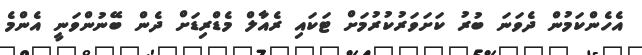
އެހެންކަމުން ދެވަނަ ބުރު ކަށަވަރުކުރުމަށް ޓަކައި ރެއާލް މެޑްރިޑަށް ދެން ބޭނުންވަނީ އެންމެ